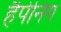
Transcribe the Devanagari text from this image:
हैपेनिंग